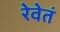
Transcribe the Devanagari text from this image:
रेवेतं